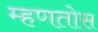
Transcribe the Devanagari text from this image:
म्हणतोस